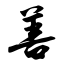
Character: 善